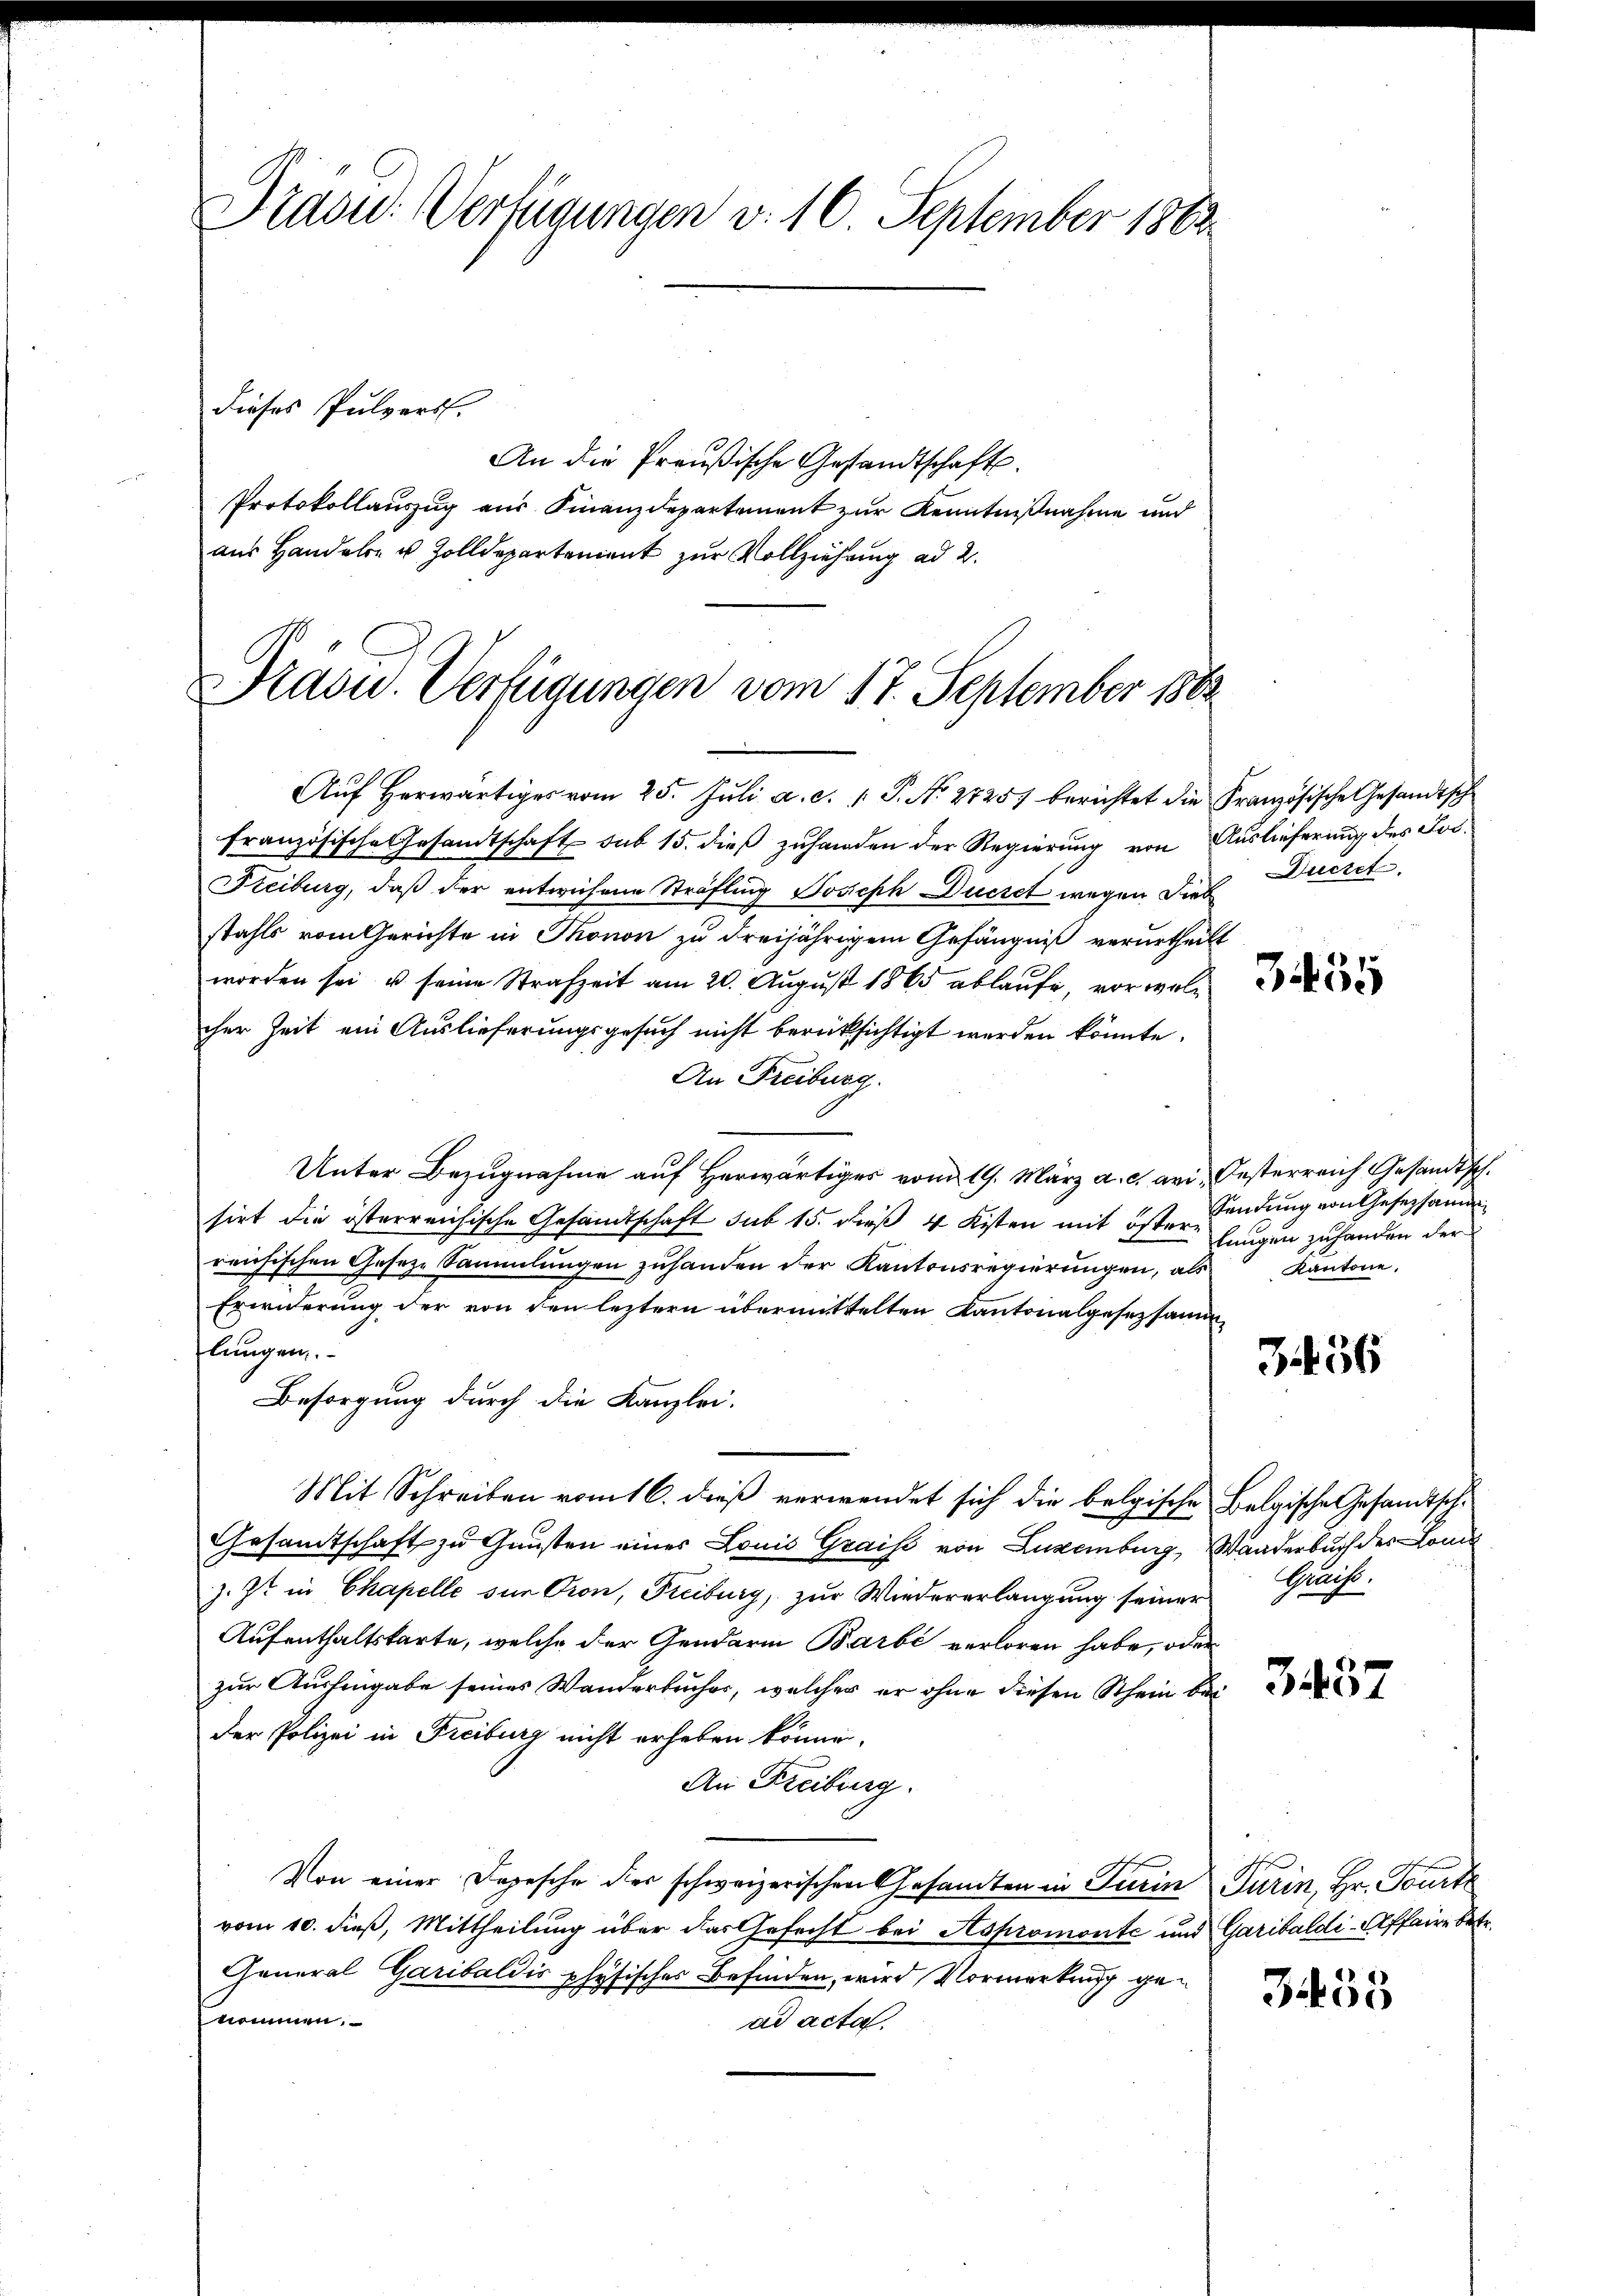
Prasid: Verfügungen v. 10. September 1863.

dieses Pulvers.
An die Preußische Gesandtschaft.
Protokollauszug aus Finanzdepartement zur Kenntnißnahme und
aus Handele u. Zolldepartement zur Vollziehung ad 2.
Präsu. Verfügungen vom 17. September 1883

Aŭf herwärtiges vom 25. Jŭli a. c. 1 P. Nr. 27257 berichtet die Französische Gesandtsch
französische Gesandtschaft sub 15. dieß zuhanden der Regierung von Auslieferung des Jos¬
Freiburg, daß der entwichene Sträfling Joseph Duczet wegen Lieb
stahls vom Gerichte in Thonon zu dreijährigem Gefängniß verurtheilt
worden sei u. seine Strafzeit am 20. August 1865 ablaufe, vor welcher Zeit ein Auslieferungsgesuch nicht berüksichtigt werden könnte.
An Freiburg.
Unter Bezugnahme auf Herwärtiges vom 19. März a. c. avi, Oesterreich Gesandtsch.
sirt die österreichische Gesandtschaft sub 15. dieß 4 Kisten mit öster.
reichischen Geseze Sammlungen zuhanden der Kantonsregierungen, als Kantone.
Erwiderung der von den leztern übermittelten Kantonalgesetzsammlungen.
Besorgung durch die Kanzlei.
Mit Schreiben vom 16. dieß verwendet sich die belgische Belgische Gesandtsch¬
Gesandtschaft zu Gunsten eines Louis Grais von Luxenburg, Wanderbuch der Com
z. Zt. in Chapelle sur Oron, Freiburg, zur Wiedererlangung seiner Greifs¬
Aufenthaltskarte, welche der Gendarm Barbe verloren habe, oder
zur Aushingabe seines Wanderbuches, welcher er ohne diesen Schein bei
der Polizei in Freiburg nicht erheben könne.
An Freiburg.
Von einer Depesche der schweizerischen Gesandten in Turin Turin, Hr. Tourte
vom 10. dieß, Mittheilung über das Gefecht bei Aspromonte und Garibaldi-Affaire betr.
General Garibaldis physischer Befinden, wird Vormerkung genommen.
ad acta

Ducret.

355

Sendung von Gesetzsamm
lungen zuhanden der

34 56

3437

3455